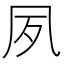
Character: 夙